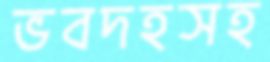
ভবদহসহ